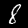
Digit: 8